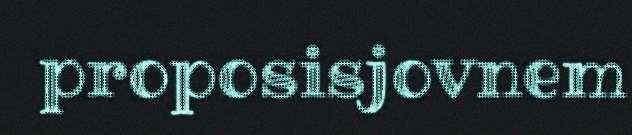
proposisjovnem